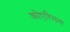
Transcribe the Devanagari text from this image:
कोएरिलस